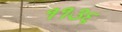
૧૧૩૬